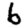
Digit: 6